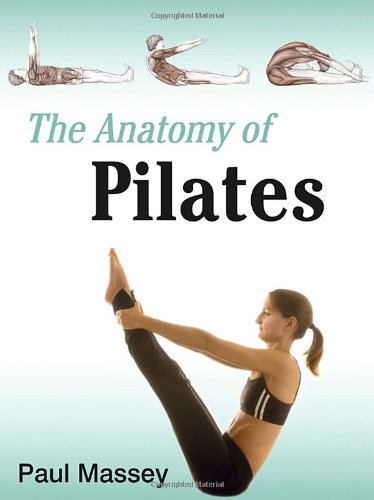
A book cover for The Anatomy of Pilates; Paul Massey; Health, Fitness & Dieting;